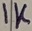
Text: 1K